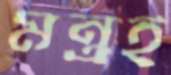
মন্ত্রই